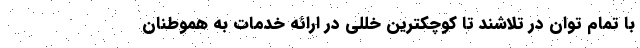
با تمام توان در تلاشند تا کوچکترین خللی در ارائه خدمات به هموطنان